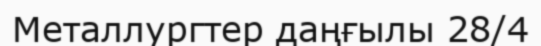
Металлургтер даңғылы 28/4